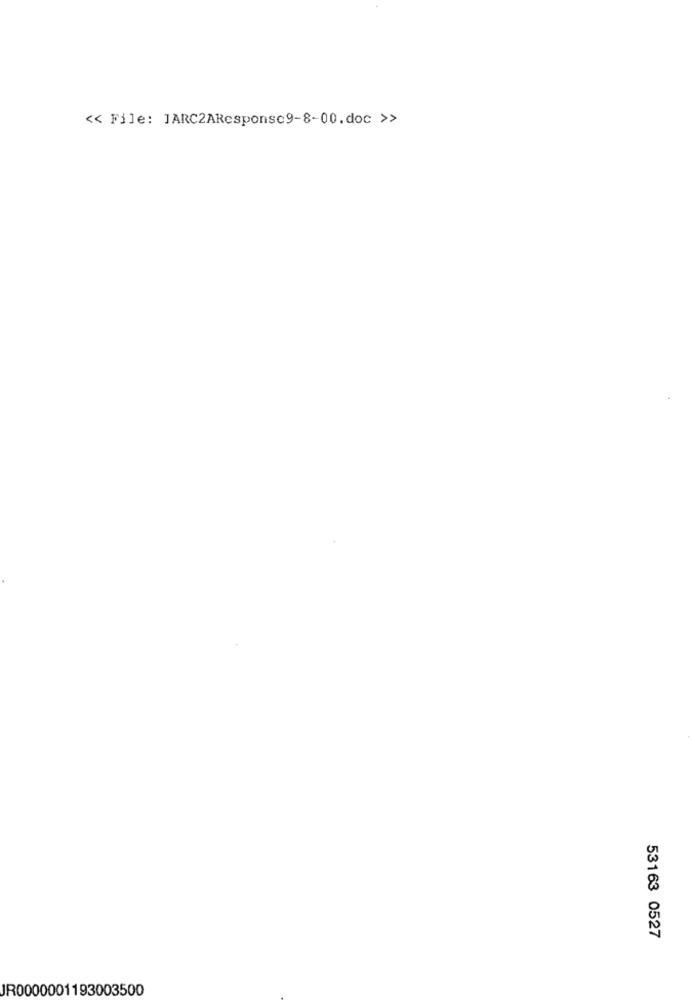
<< File: JARC2AResponse9-8-00.doc >>
53163 0527
JR0000001193003500